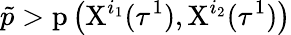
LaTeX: \tilde{p}>\mathrm{p}\left(\mathrm{X}^{i_{1}}(\tau^{1}),\mathrm{X}^{i_{2}}(\tau^{1})\right)